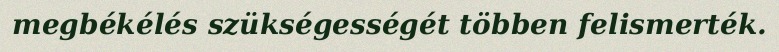
megbékélés szükségességét többen felismerték.